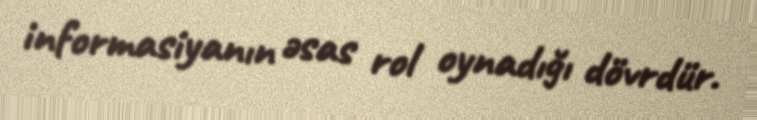
informasiyanın əsas rol oynadığı dövrdür.